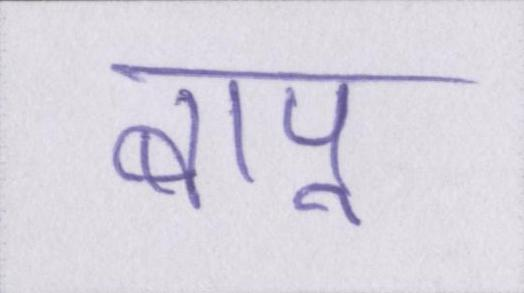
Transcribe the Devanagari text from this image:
बापू